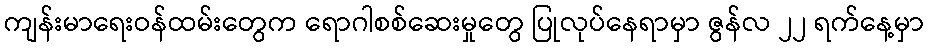
ကျန်းမာရေးဝန်ထမ်းတွေက ရောဂါစစ်ဆေးမှုတွေ ပြုလုပ်နေရာမှာ ဇွန်လ ၂၂ ရက်နေ့မှာ